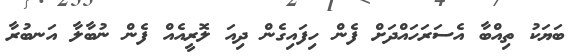
ބަޔަކު ތިއްބާ އެސަރަހައްދަށް ފެން ހިފައިގެން ދިއަ ލޮރީއެއް ފެން ނުބާލާ އަނބުރާ